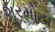
શૂરમોટા